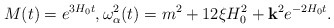
\begin{align*}M(t) = e^{3H_0t},\omega_\alpha^2 (t) =m^2 + 12 \xi H_0^2 + {\bf k}^2 e^{-2H_0 t}.\end{align*}